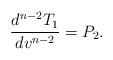
\begin{align*} \frac{d^{n-2}T_1}{dv^{n-2}}=P_2.\end{align*}